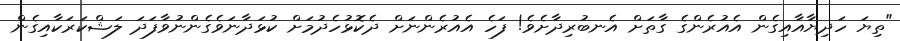
"ތިޔަ ހަދިޔާއާއިގެން އެއުރެންގެ ގާތަށް އެނބުރިދާށެވެ! ފަހެ އެއުރެންނަށް ދެކޮޅުހެދުމަށް ކުޅަދާނަވެގެންނުވާފަދަ ލަޝްކަރަކާއިގެން